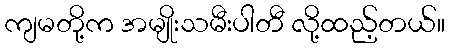
ကျမတို့က အမျိုးသမီးပါတီ လို့ထည့်တယ်။